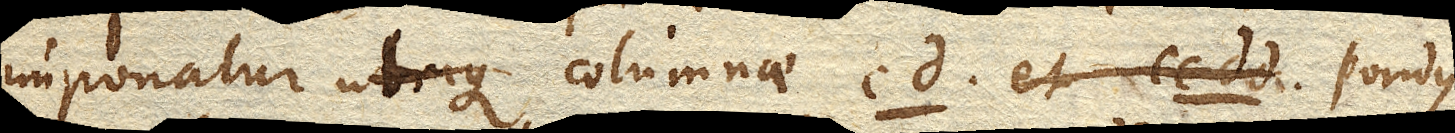
imponatur utrique columnae cd. et cc dd. pondus